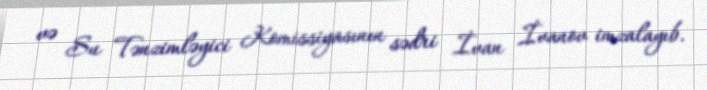
və Su Tənzimləyici Komissiyasının sədri İvan İvanov imzalayıb.